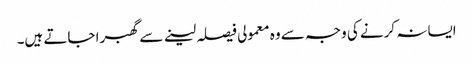
ایسا نہ کرنے کی وجہ سے وہ معمولی فیصلہ لینے سے گھبرا جاتے ہیں۔